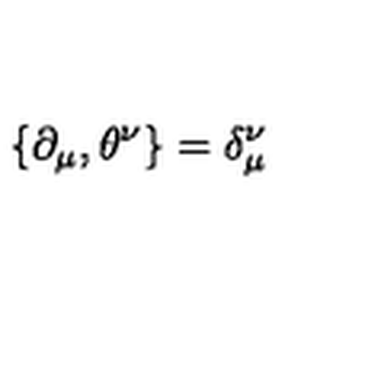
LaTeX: \{ \partial _ { \mu } , \theta ^ { \nu } \} = \delta _ { \mu } ^ { \nu }